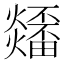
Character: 𤒳